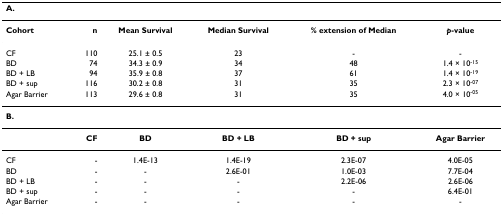
| A. |  |  |  |  |  |
 | --- | --- | --- | --- | --- | --- |
 | Cohort | n | Mean Survival | Median Survival | % extension of Median | p-value |
 | CF | 110 | 25.1 ± 0.5 | 23 | - | - |
 | BD | 74 | 34.3 ± 0.9 | 34 | 48 | 1.4 × 10-15 |
 | BD + LB | 94 | 35.9 ± 0.8 | 37 | 61 | 1.4 × 10-19 |
 | BD + sup | 116 | 30.2 ± 0.8 | 31 | 35 | 2.3 × 10-07 |
 | Agar Barrier | 113 | 29.6 ± 0.8 | 31 | 35 | 4.0 × 10-05 |
 | B. |  |  |  |  |  |
 |  | CF | BD | BD + LB | BD + sup | Agar Barrier |
 | CF | - | 1.4E-13 | 1.4E-19 | 2.3E-07 | 4.0E-05 |
 | BD | - | - | 2.6E-01 | 1.0E-03 | 7.7E-04 |
 | BD + LB | - | - | - | 2.2E-06 | 2.6E-06 |
 | BD + sup | - | - | - | - | 6.4E-01 |
 | Agar Barrier | - | - | - | - | - |